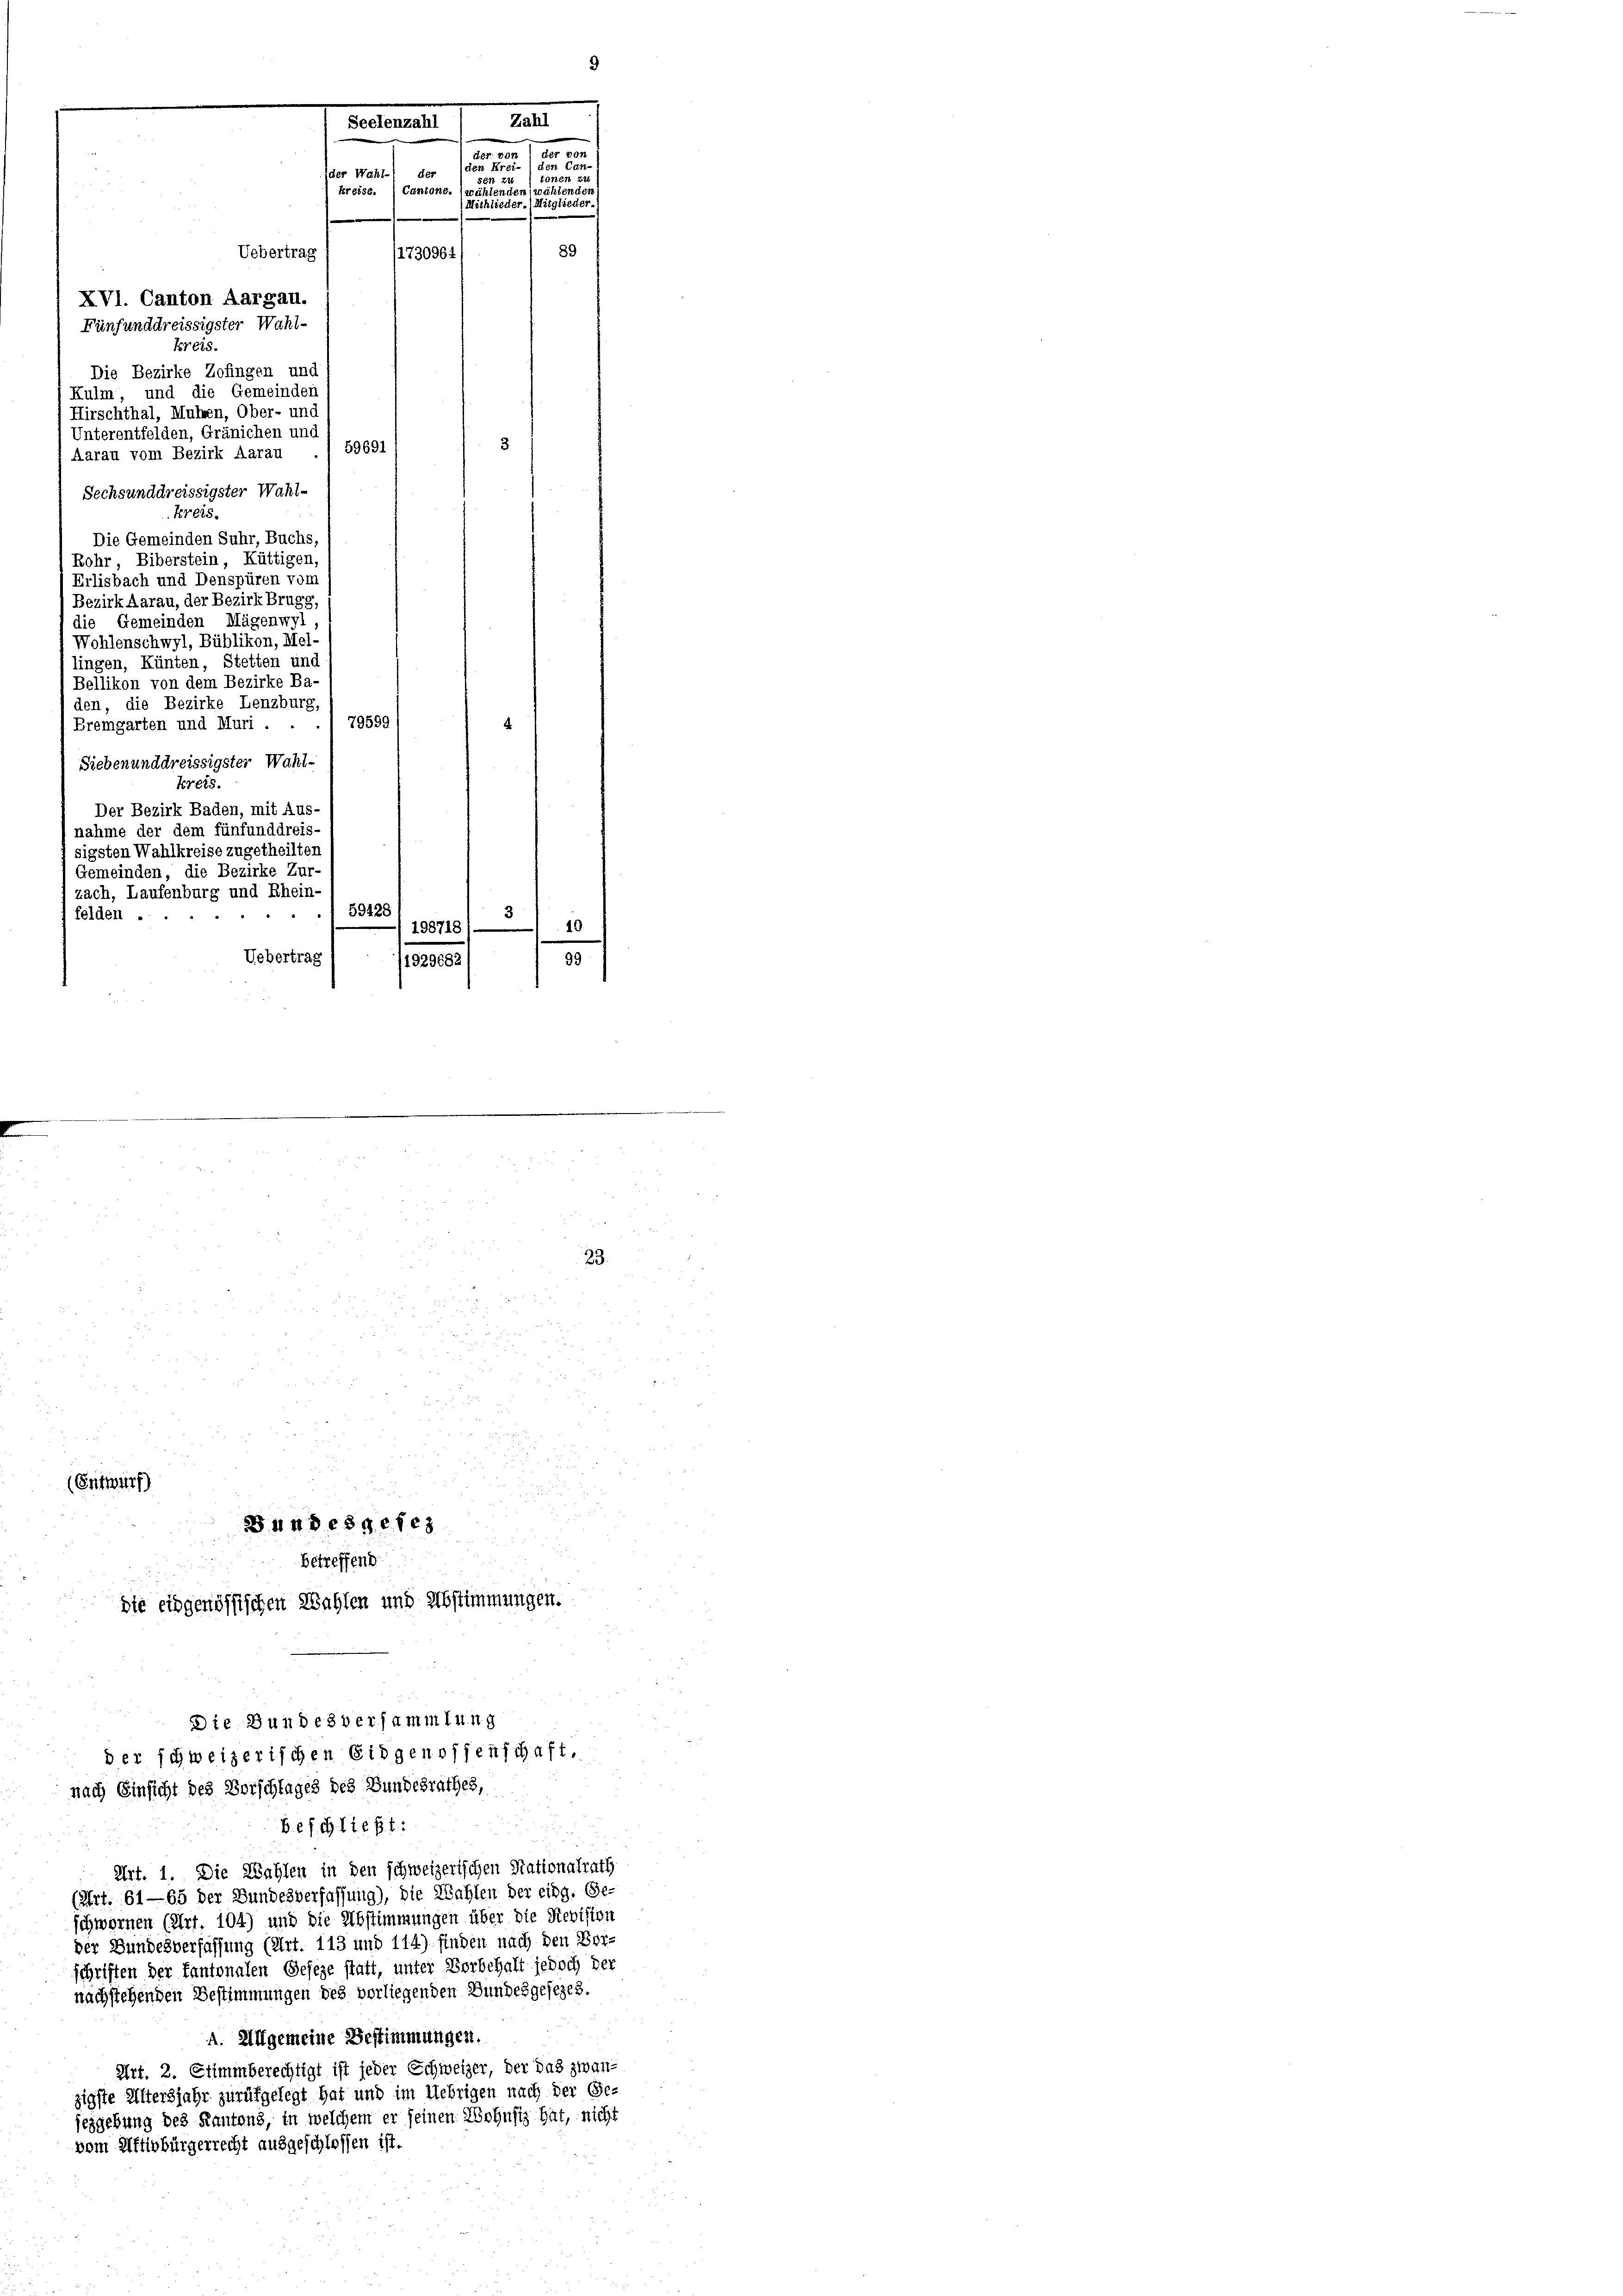
e
n
Uebertrag
(1730964
XVI. Canton Aargau.
Fünfunddreissigster Wahl-
kreis.
Die Bezirke Zofingen und
Kulm, und die Gemeinder
Hirschthal, Muhen, Ober- und
Unterentfelden, Gränichen und
Aarau vom Bezirk Aarau ./ 59691
Sechsunddreissigster Wahl-
Kreis.
Die Gemeinden Suhr, Buchs.
Rohr, Biberstein, Küttigen
Erlisbach und Denspüren vom
Bezirk Aarau, der Bezirk Brugg,
die Gemeinden Mägenwyl
Wohlenschwyl, Büblikon, Mel
lingen, Künten, Stetten und
Bellikon von dem Bezirke Ba-
den, die Bezirke Lenzburg,
79599
Bremgarten und Muri .
Siebenunddreissigster Wahl-
kreis.
Der Bezirk Baden, mit Aus-
nahme der dem fünfunddreis-
sigsten Wahlkreise zugetheilten
Gemeinden, die Bezirke Zur-
zach, Laufenburg und Rhein-
59428
felden . .
10
.
198718
Uebertrag
99
1929682

22 2

2
a
(Entwurf

Bundesgefe
betreffend

Die Bundesversammlung
der schweizerischen Eidgenossenschaft.
nach Einsicht des Vorschlages des Bundesrathes,

enzahl
der 30.
8er V
den Cas
n Ire
ider Wahl-) der
onen zu
kreise. Cantone. (wählenden, wählen

Michlieder. Mitglieder
89

Zahl

die eidgenössischen Wahlen und Abstimmungen.

23.

beschließt:
Art. 1. Die Wahlen in den schweizerischen Nationalrath
(Art. 61—65 der Bundesverfassung), die Wahlen der eidg. Ge-
schwornen (Art. 104) und die Abstimmungen über die Revision
der Bundesverfassung (Art. 113 und 114) finden nach den Vor-
schriften der Kantonalen Geseze statt, unter Vorbehalt jedoch der
nachstehenden Bestimmungen des vorliegenden Bundesgesezes.
A. Allgemeine Bestimmungen.
Art. 2. Stimmberechtigt ist jeder Schweizer, der das zwan-
zigste Eltersjahr zurükgelegt hat und im Uebrigen nach der Ge-
jezgebung des Kantons, in welchem er seinen Wohnsiz hat, nicht
vom Aktivbürgerrecht ausgeschlossen ist.